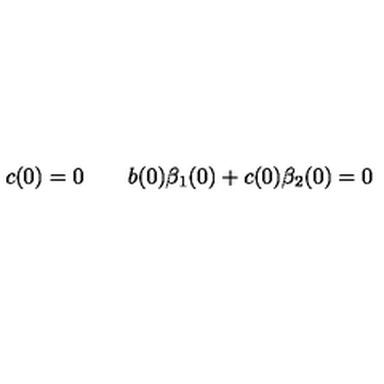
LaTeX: c ( 0 ) = 0 \qquad b ( 0 ) \beta _ { 1 } ( 0 ) + c ( 0 ) \beta _ { 2 } ( 0 ) = 0